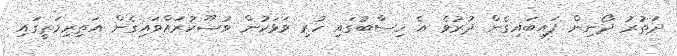
ދަތުރު ދޯނިން ފައިބައިގެން ދުރުވެ އެ ހިސާބުގައި ހުރި ވަޅަކުން ވުޟޫކުރައްވައިގެން އަތިރިމަތީގައި